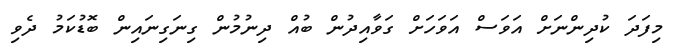
މިފަދަ ކުދިންނަށް އަވަސް އަވަހަށް ގަވާއިދުން ބުއް ދިނުމުން ގިނަގިނައިން ބޮޑުކަމު ދެވި